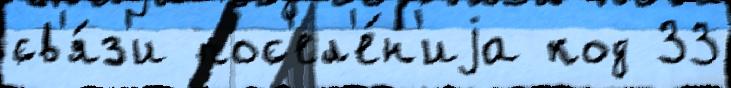
св'я́з'и пос'ел'е́н'иjа код 33